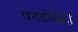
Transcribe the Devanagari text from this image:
काडीचेही